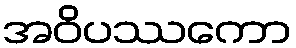
အဝိပဿကော